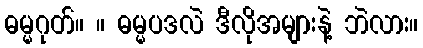
ဓမ္မဂုတ်။ ။ ဓမ္မပဒလဲ ဒီလိုအများနဲ့ ဘဲလား။